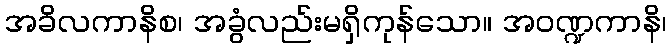
အခိလကာနိစ၊ အခွံလည်းမရှိကုန်သော။ အဝဏ္ဍကာနိ၊